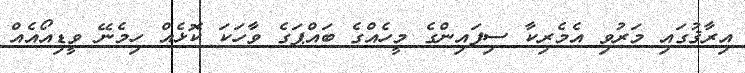
އިރާޤުގައި މަރުވި އެމެރިކާ ސިފައިންގެ މީހެއްގެ ބައްޕަގެ ވާހަކަ ކޮޅެއް ހިމެނޭ ވީޑިއޯއެއް